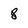
Character: 8